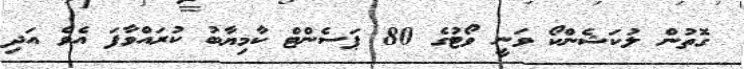
ގޮތުން ލުކަޝެންކޯ ވަނީ ވޯޓުގެ 80 ޕަސެންޓް ކާމިޔާބު ކުރައްވާފަ އެވެ އަދި